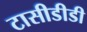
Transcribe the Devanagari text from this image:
टासीडीडी